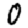
Digit: 0